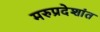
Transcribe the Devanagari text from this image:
मरुप्रदेशांत